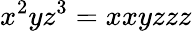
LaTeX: x^{2}yz^{3}=xxyzzz